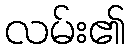
လမ်း၏